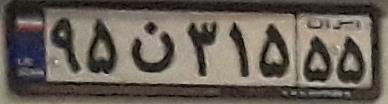
۹۵ن۳۱۵۵۵